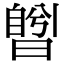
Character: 𣊅